65_HS1-834228961_62-HQ-83894_Section_7
Agency: FBI
Page 166
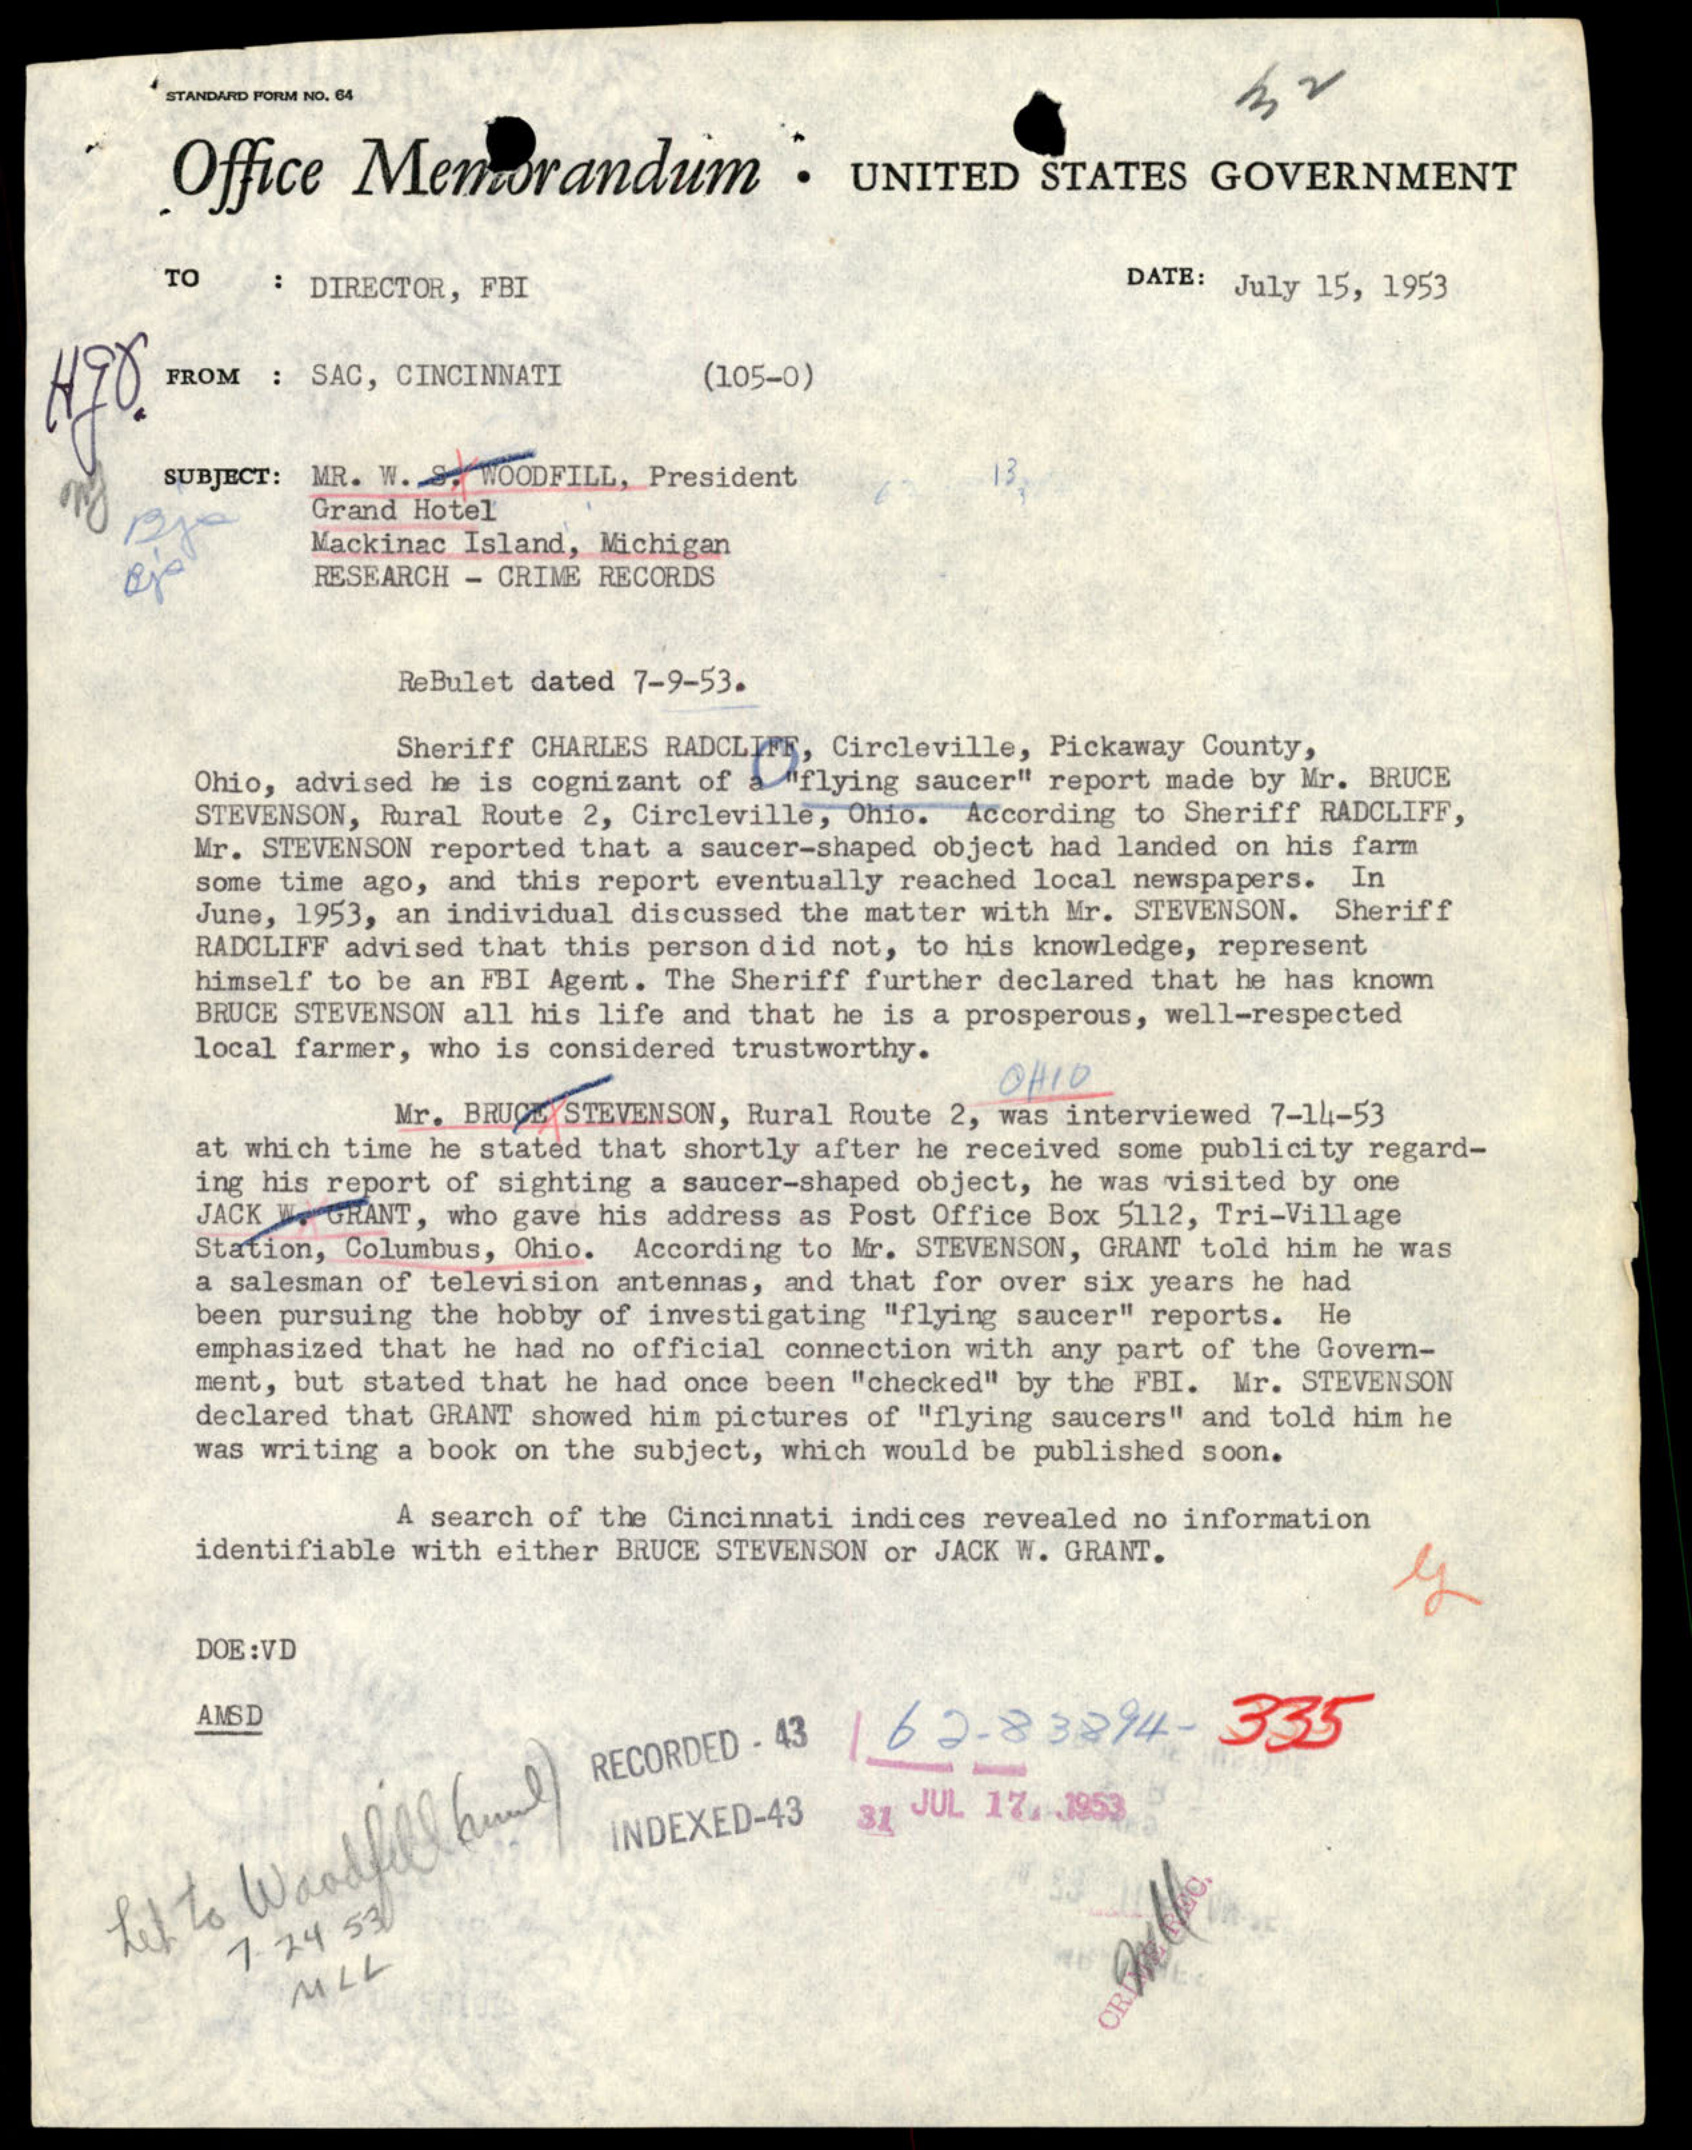